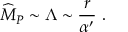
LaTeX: { \widehat M } _ { P } \sim \Lambda \sim { \frac { r } { \alpha ^ { \prime } } } ~ .